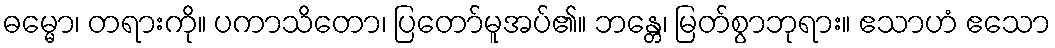
ဓမ္မော၊ တရားကို။ ပကာသိတော၊ ပြတော်မူအပ်၏။ ဘန္တေ၊ မြတ်စွာဘုရား။ ဧသာဟံ ဧသော